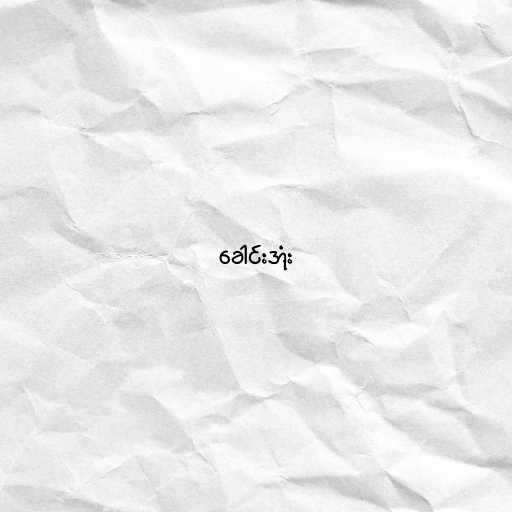
ခေါင်းအုံး